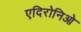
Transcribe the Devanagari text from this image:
एदिरोनिओ